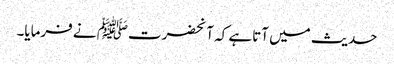
حدیث میں آتاہے کہ آنحضرتﷺ نے فرمایا۔